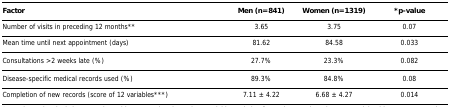
<table><thead><tr><td><b>Factor</b></td><td><b>Men (n=841)</b></td><td><b>Women (n=1319)</b></td><td><b>*p-value</b></td></tr></thead><tbody><tr><td>Number of visits in preceding 12 months**</td><td>3.65</td><td>3.75</td><td>0.07</td></tr><tr><td>Mean time until next appointment (days)</td><td>81.62</td><td>84.58</td><td>0.033</td></tr><tr><td>Consultations &gt;2 weeks late (%)</td><td>27.7%</td><td>23.3%</td><td>0.082</td></tr><tr><td>Disease-specific medical records used (%)</td><td>89.3%</td><td>84.8%</td><td>0.08</td></tr><tr><td>Completion of new records (score of 12 variables***)</td><td>7.11 ± 4.22</td><td>6.68 ± 4.27</td><td>0.014</td></tr></tbody></table>